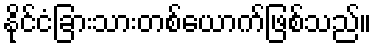
နိုင်ငံခြားသားတစ်ယောက်ဖြစ်သည်။